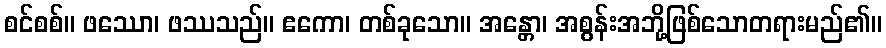
စင်စစ်။ ဖဿော၊ ဖဿသည်။ ဧကော၊ တစ်ခုသော။ အန္တော၊ အစွန်းအဘို့ဖြစ်သောတရားမည်၏။